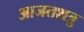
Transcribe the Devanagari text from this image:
आजतशत्रु